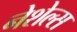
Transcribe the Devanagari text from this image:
नेशेल्स